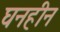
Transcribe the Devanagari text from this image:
घनहीन